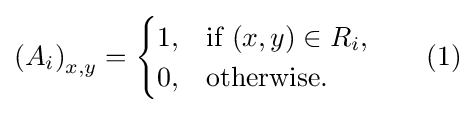
\left(A_{i}\right)_{x,y}={\begin{cases}1,&{\mbox{if }}(x,y)\in R_{i},\\0,&{\mbox{otherwise.}}\end{cases}}\qquad (1)